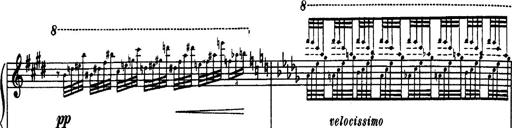
Title: Paraphrase de concert sur Rigoletto
Composer: Franz Liszt